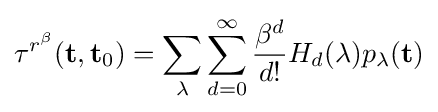
\tau ^{r^{\beta }}(\mathbf {t} ,\mathbf {t} _{0})=\sum _{\lambda }\sum _{d=0}^{\infty }{\frac {\beta ^{d}}{d!}}H_{d}(\lambda )p_{\lambda }(\mathbf {t} )